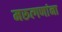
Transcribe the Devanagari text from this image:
मरुत्गणांना